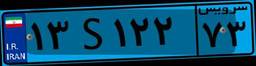
۰۷S۶۷۲۷۱